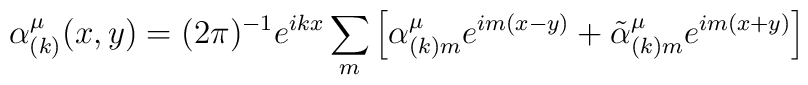
\alpha _{(k)}^{\mu }(x,y)=(2\pi )^{-1}e^{ikx}\sum\limits_{m}\left[ \alpha_{(k)m}^{\mu }e^{im(x-y)}+\tilde{\alpha}_{(k)m}^{\mu }e^{im(x+y)}\right]